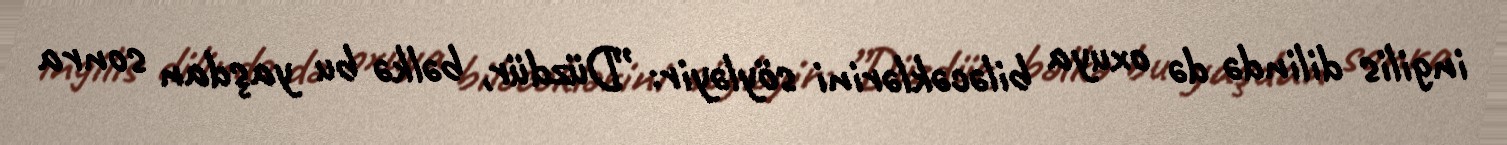
ingilis dilində də oxuya biləcəklərini söyləyir: ”Düzdür, bəlkə bu yaşdan sonra